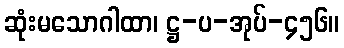
ဆုံးမသောဂါထာ၊ ဋ္ဌ-ပ-အုပ်-၄၅၆။